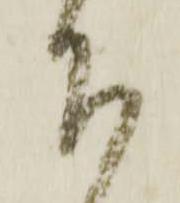
下